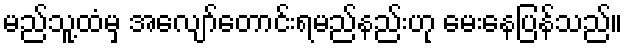
မည်သူ့ထံမှ အလျော်တောင်းရမည်နည်းဟု မေးနေပြန်သည်။